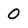
Character: 0